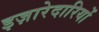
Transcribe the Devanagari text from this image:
इज़ारेदारियों